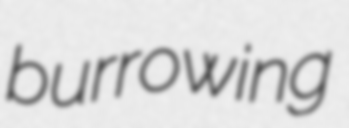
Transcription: burrowing